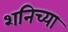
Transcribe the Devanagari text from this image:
शनिच्या